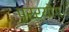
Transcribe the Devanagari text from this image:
प्रर्योग